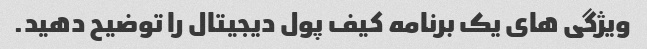
ویژگی های یک برنامه کیف پول دیجیتال را توضیح دهید.